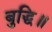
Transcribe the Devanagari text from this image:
बुद्धि॥